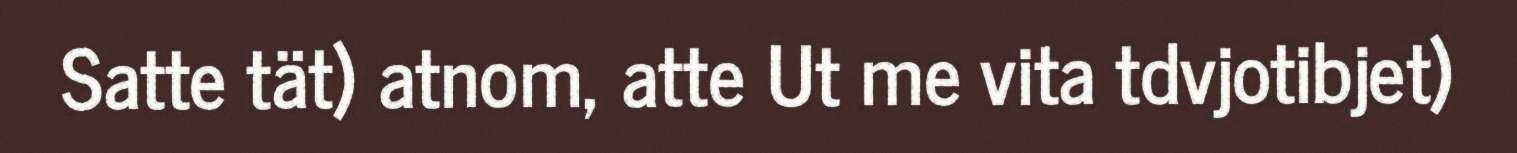
Satte tät) atnom, atte Ut me vita tdvjotibjet)